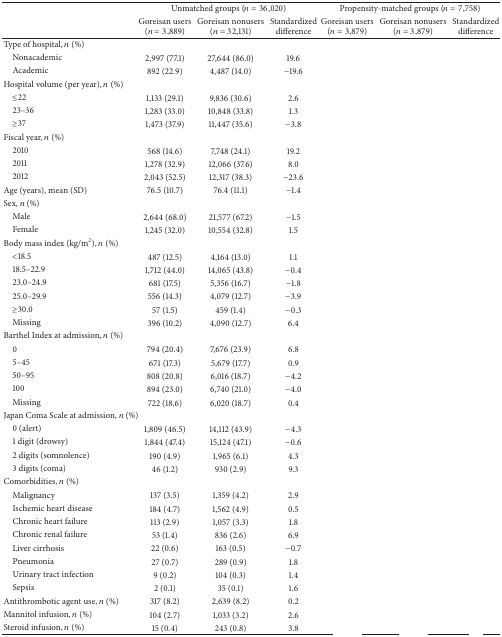
<table><thead><tr><td>[EMPTY_CELL]</td><td colspan="3"><b>Unmatched groups (<i>n</i> = 36,020)</b></td><td colspan="3"><b>Propensity-matched groups (<i>n</i> = 7,758)</b></td></tr><tr><td>[EMPTY_CELL]</td><td><b>Goreisan users (<i>n</i> = 3,889)</b></td><td><b>Goreisan nonusers (<i>n</i> = 32,131)</b></td><td><b>Standardized difference</b></td><td><b>Goreisan users (<i>n</i> = 3,879)</b></td><td><b>Goreisan nonusers (<i>n</i> = 3,879)</b></td><td><b>Standardized difference</b></td></tr></thead><tbody><tr><td>Type of hospital, <i>n</i> (%)</td><td>[EMPTY_CELL]</td><td>[EMPTY_CELL]</td><td>[EMPTY_CELL]</td><td>[EMPTY_CELL]</td><td>[EMPTY_CELL]</td><td>[EMPTY_CELL]</td></tr><tr><td> Nonacademic</td><td>2,997 (77.1)</td><td>27,644 (86.0)</td><td>19.6</td><td>[EMPTY_CELL]</td><td>[EMPTY_CELL]</td><td>[EMPTY_CELL]</td></tr><tr><td> Academic</td><td>892 (22.9)</td><td>4,487 (14.0)</td><td>−19.6</td><td>[EMPTY_CELL]</td><td>[EMPTY_CELL]</td><td>[EMPTY_CELL]</td></tr><tr><td>Hospital volume (per year), <i>n</i> (%)</td><td>[EMPTY_CELL]</td><td>[EMPTY_CELL]</td><td>[EMPTY_CELL]</td><td>[EMPTY_CELL]</td><td>[EMPTY_CELL]</td><td>[EMPTY_CELL]</td></tr><tr><td> ≤22</td><td>1,133 (29.1)</td><td>9,836 (30.6)</td><td>2.6</td><td>[EMPTY_CELL]</td><td>[EMPTY_CELL]</td><td>[EMPTY_CELL]</td></tr><tr><td> 23–36</td><td>1,283 (33.0)</td><td>10,848 (33.8)</td><td>1.3</td><td>[EMPTY_CELL]</td><td>[EMPTY_CELL]</td><td>[EMPTY_CELL]</td></tr><tr><td> ≥37</td><td>1,473 (37.9)</td><td>11,447 (35.6)</td><td>−3.8</td><td>[EMPTY_CELL]</td><td>[EMPTY_CELL]</td><td>[EMPTY_CELL]</td></tr><tr><td>Fiscal year, <i>n</i> (%)</td><td>[EMPTY_CELL]</td><td>[EMPTY_CELL]</td><td>[EMPTY_CELL]</td><td>[EMPTY_CELL]</td><td>[EMPTY_CELL]</td><td>[EMPTY_CELL]</td></tr><tr><td> 2010</td><td>568 (14.6)</td><td>7,748 (24.1)</td><td>19.2</td><td>[EMPTY_CELL]</td><td>[EMPTY_CELL]</td><td>[EMPTY_CELL]</td></tr><tr><td> 2011</td><td>1,278 (32.9)</td><td>12,066 (37.6)</td><td>8.0</td><td>[EMPTY_CELL]</td><td>[EMPTY_CELL]</td><td>[EMPTY_CELL]</td></tr><tr><td> 2012</td><td>2,043 (52.5)</td><td>12,317 (38.3)</td><td>−23.6</td><td>[EMPTY_CELL]</td><td>[EMPTY_CELL]</td><td>[EMPTY_CELL]</td></tr><tr><td>Age (years), mean (SD)</td><td>76.5 (10.7)</td><td>76.4 (11.1)</td><td>−1.4</td><td>[EMPTY_CELL]</td><td>[EMPTY_CELL]</td><td>[EMPTY_CELL]</td></tr><tr><td>Sex, <i>n</i> (%)</td><td>[EMPTY_CELL]</td><td>[EMPTY_CELL]</td><td>[EMPTY_CELL]</td><td>[EMPTY_CELL]</td><td>[EMPTY_CELL]</td><td>[EMPTY_CELL]</td></tr><tr><td> Male</td><td>2,644 (68.0)</td><td>21,577 (67.2)</td><td>−1.5</td><td>[EMPTY_CELL]</td><td>[EMPTY_CELL]</td><td>[EMPTY_CELL]</td></tr><tr><td> Female</td><td>1,245 (32.0)</td><td>10,554 (32.8)</td><td>1.5</td><td>[EMPTY_CELL]</td><td>[EMPTY_CELL]</td><td>[EMPTY_CELL]</td></tr><tr><td>Body mass index (kg/m<sup>2</sup>), <i>n</i> (%)</td><td>[EMPTY_CELL]</td><td>[EMPTY_CELL]</td><td>[EMPTY_CELL]</td><td>[EMPTY_CELL]</td><td>[EMPTY_CELL]</td><td>[EMPTY_CELL]</td></tr><tr><td> &lt;18.5</td><td>487 (12.5)</td><td>4,164 (13.0)</td><td>1.1</td><td>[EMPTY_CELL]</td><td>[EMPTY_CELL]</td><td>[EMPTY_CELL]</td></tr><tr><td> 18.5–22.9</td><td>1,712 (44.0)</td><td>14,065 (43.8)</td><td>−0.4</td><td>[EMPTY_CELL]</td><td>[EMPTY_CELL]</td><td>[EMPTY_CELL]</td></tr><tr><td> 23.0–24.9</td><td>681 (17.5)</td><td>5,356 (16.7)</td><td>−1.8</td><td>[EMPTY_CELL]</td><td>[EMPTY_CELL]</td><td>[EMPTY_CELL]</td></tr><tr><td> 25.0–29.9</td><td>556 (14.3)</td><td>4,079 (12.7)</td><td>−3.9</td><td>[EMPTY_CELL]</td><td>[EMPTY_CELL]</td><td>[EMPTY_CELL]</td></tr><tr><td> ≥30.0</td><td>57 (1.5)</td><td>459 (1.4)</td><td>−0.3</td><td>[EMPTY_CELL]</td><td>[EMPTY_CELL]</td><td>[EMPTY_CELL]</td></tr><tr><td> Missing</td><td>396 (10.2)</td><td>4,090 (12.7)</td><td>6.4</td><td>[EMPTY_CELL]</td><td>[EMPTY_CELL]</td><td>[EMPTY_CELL]</td></tr><tr><td>Barthel Index at admission, <i>n</i> (%)</td><td>[EMPTY_CELL]</td><td>[EMPTY_CELL]</td><td>[EMPTY_CELL]</td><td>[EMPTY_CELL]</td><td>[EMPTY_CELL]</td><td>[EMPTY_CELL]</td></tr><tr><td> 0</td><td>794 (20.4)</td><td>7,676 (23.9)</td><td>6.8</td><td>[EMPTY_CELL]</td><td>[EMPTY_CELL]</td><td>[EMPTY_CELL]</td></tr><tr><td> 5–45</td><td>671 (17.3)</td><td>5,679 (17.7)</td><td>0.9</td><td>[EMPTY_CELL]</td><td>[EMPTY_CELL]</td><td>[EMPTY_CELL]</td></tr><tr><td> 50–95</td><td>808 (20.8)</td><td>6,016 (18.7)</td><td>−4.2</td><td>[EMPTY_CELL]</td><td>[EMPTY_CELL]</td><td>[EMPTY_CELL]</td></tr><tr><td> 100</td><td>894 (23.0)</td><td>6,740 (21.0)</td><td>−4.0</td><td>[EMPTY_CELL]</td><td>[EMPTY_CELL]</td><td>[EMPTY_CELL]</td></tr><tr><td> Missing</td><td>722 (18.6)</td><td>6,020 (18.7)</td><td>0.4</td><td>[EMPTY_CELL]</td><td>[EMPTY_CELL]</td><td>[EMPTY_CELL]</td></tr><tr><td>Japan Coma Scale at admission, <i>n</i> (%)</td><td>[EMPTY_CELL]</td><td>[EMPTY_CELL]</td><td>[EMPTY_CELL]</td><td>[EMPTY_CELL]</td><td>[EMPTY_CELL]</td><td>[EMPTY_CELL]</td></tr><tr><td> 0 (alert)</td><td>1,809 (46.5)</td><td>14,112 (43.9)</td><td>−4.3</td><td>[EMPTY_CELL]</td><td>[EMPTY_CELL]</td><td>[EMPTY_CELL]</td></tr><tr><td> 1 digit (drowsy)</td><td>1,844 (47.4)</td><td>15,124 (47.1)</td><td>−0.6</td><td>[EMPTY_CELL]</td><td>[EMPTY_CELL]</td><td>[EMPTY_CELL]</td></tr><tr><td> 2 digits (somnolence)</td><td>190 (4.9)</td><td>1,965 (6.1)</td><td>4.3</td><td>[EMPTY_CELL]</td><td>[EMPTY_CELL]</td><td>[EMPTY_CELL]</td></tr><tr><td> 3 digits (coma)</td><td>46 (1.2)</td><td>930 (2.9)</td><td>9.3</td><td>[EMPTY_CELL]</td><td>[EMPTY_CELL]</td><td>[EMPTY_CELL]</td></tr><tr><td>Comorbidities, <i>n</i> (%)</td><td>[EMPTY_CELL]</td><td>[EMPTY_CELL]</td><td>[EMPTY_CELL]</td><td>[EMPTY_CELL]</td><td>[EMPTY_CELL]</td><td>[EMPTY_CELL]</td></tr><tr><td> Malignancy</td><td>137 (3.5)</td><td>1,359 (4.2)</td><td>2.9</td><td>[EMPTY_CELL]</td><td>[EMPTY_CELL]</td><td>[EMPTY_CELL]</td></tr><tr><td> Ischemic heart disease</td><td>184 (4.7)</td><td>1,562 (4.9)</td><td>0.5</td><td>[EMPTY_CELL]</td><td>[EMPTY_CELL]</td><td>[EMPTY_CELL]</td></tr><tr><td> Chronic heart failure</td><td>113 (2.9)</td><td>1,057 (3.3)</td><td>1.8</td><td>[EMPTY_CELL]</td><td>[EMPTY_CELL]</td><td>[EMPTY_CELL]</td></tr><tr><td> Chronic renal failure</td><td>53 (1.4)</td><td>836 (2.6)</td><td>6.9</td><td>[EMPTY_CELL]</td><td>[EMPTY_CELL]</td><td>[EMPTY_CELL]</td></tr><tr><td> Liver cirrhosis</td><td>22 (0.6)</td><td>163 (0.5)</td><td>−0.7</td><td>[EMPTY_CELL]</td><td>[EMPTY_CELL]</td><td>[EMPTY_CELL]</td></tr><tr><td> Pneumonia</td><td>27 (0.7)</td><td>289 (0.9)</td><td>1.8</td><td>[EMPTY_CELL]</td><td>[EMPTY_CELL]</td><td>[EMPTY_CELL]</td></tr><tr><td> Urinary tract infection</td><td>9 (0.2)</td><td>104 (0.3)</td><td>1.4</td><td>[EMPTY_CELL]</td><td>[EMPTY_CELL]</td><td>[EMPTY_CELL]</td></tr><tr><td> Sepsis</td><td>2 (0.1)</td><td>35 (0.1)</td><td>1.6</td><td>[EMPTY_CELL]</td><td>[EMPTY_CELL]</td><td>[EMPTY_CELL]</td></tr><tr><td>Antithrombotic agent use, <i>n</i> (%)</td><td>317 (8.2)</td><td>2,639 (8.2)</td><td>0.2</td><td>[EMPTY_CELL]</td><td>[EMPTY_CELL]</td><td>[EMPTY_CELL]</td></tr><tr><td>Mannitol infusion, <i>n</i> (%)</td><td>104 (2.7)</td><td>1,033 (3.2)</td><td>2.6</td><td>[EMPTY_CELL]</td><td>[EMPTY_CELL]</td><td>[EMPTY_CELL]</td></tr><tr><td>Steroid infusion, <i>n</i> (%)</td><td>15 (0.4)</td><td>243 (0.8)</td><td>3.8</td><td>[EMPTY_CELL]</td><td>[EMPTY_CELL]</td><td>[EMPTY_CELL]</td></tr></tbody></table>